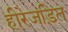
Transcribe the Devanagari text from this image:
हीरेजड़ित